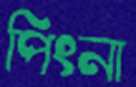
পিংনা